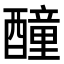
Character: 𨣒